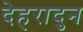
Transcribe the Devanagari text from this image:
देहरादुन